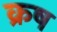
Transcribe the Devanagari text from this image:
क्रष